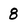
Character: 8